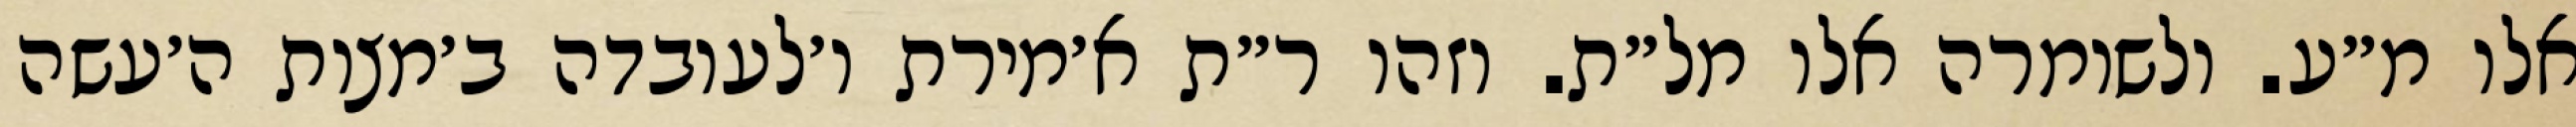
אלו מ״ע. ולשומרה אלו מל״ת. וזהו ר״ת א׳מירת ו׳לעובדה ב׳מצות ה׳עשה